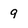
Character: 9